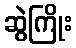
ဆွဲကြိုး